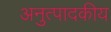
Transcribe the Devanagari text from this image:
अनुत्पादकीय